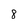
Character: 8